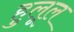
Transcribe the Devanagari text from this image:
हुलूल